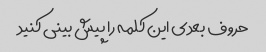
حروف بعدی این کلمه را پیش بینی کنید